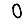
Digit: 0